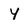
Character: Y